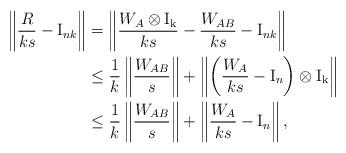
LaTeX: \begin{align*}\left\|\frac{R}{ks} - \mathrm{I}_{nk}\right\| &= \left\|\frac{W_A \otimes \mathrm{I_k}}{ks} -\frac{W_{AB}}{ks} - \mathrm{I}_{nk}\right\|\\&\leq \frac{1}{k}\left\|\frac{W_{AB}}{s}\right\| + \left\|\left(\frac{W_A}{ks} - \mathrm{I}_{n}\right) \otimes \mathrm{I_k}\right\|\\&\leq \frac{1}{k}\left\|\frac{W_{AB}}{s}\right\| + \left\|\frac{W_A}{ks} - \mathrm{I}_{n}\right\|,\end{align*}